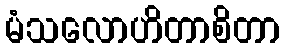
မံသလောဟိတာစိတာ